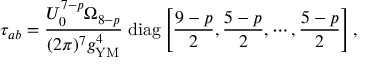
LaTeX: \tau _ { a b } = \frac { U _ { 0 } ^ { 7 - p } \Omega _ { 8 - p } } { ( 2 \pi ) ^ { 7 } g _ { \mathrm { Y M } } ^ { 4 } } \; \mathrm { d i a g } \left[ \frac { 9 - p } { 2 } , \frac { 5 - p } { 2 } , \cdots , \frac { 5 - p } { 2 } \right] ,